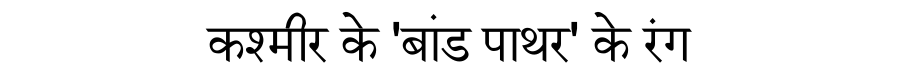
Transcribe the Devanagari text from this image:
कश्मीर के 'बांड पाथर' के रंग